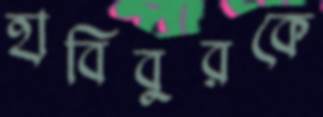
হাবিবুরকে